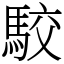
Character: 駮